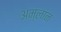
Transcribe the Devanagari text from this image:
अम्लान